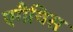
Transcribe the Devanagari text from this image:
एगैथिस